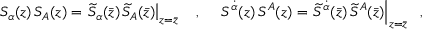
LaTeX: S _ { \alpha } ( z ) \, S _ { A } ( z ) = \left. \widetilde S _ { \alpha } ( \bar { z } ) \, \widetilde S _ { A } ( \bar { z } ) \right| _ { z = \bar { z } } ~ ~ ~ , ~ ~ ~ ~ S ^ { \dot { \alpha } } ( z ) \, S ^ { A } ( z ) = \left. \widetilde S ^ { \dot { \alpha } } ( \bar { z } ) \, \widetilde S ^ { A } ( \bar { z } ) \right| _ { z = \bar { z } } ~ ~ ,